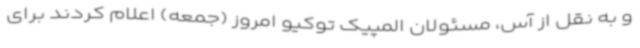
و به نقل از آس، مسئولان المپیک توکیو امروز (جمعه) اعلام کردند برای